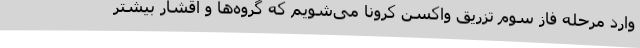
وارد مرحله فاز سوم تزریق واکسن کرونا می‌شویم که گروه‌ها و اقشار بیشتر